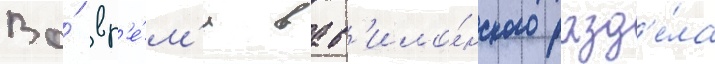
Во́ вр'е́м'я вав'ило́нского разд'е́ла